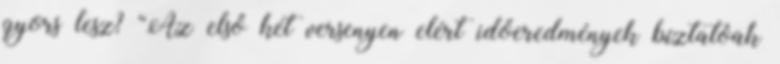
gyors lesz? “Az első két versenyen elért időeredmények bíztatóak